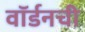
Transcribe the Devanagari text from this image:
वॉर्डनची